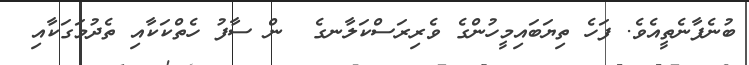
ބުނެފާނެތީއެވެ. ފަހެ ތިޔަބައިމީހުންގެ ވެރިރަސްކަލާނގެ  ން ސާފު ހެތްކަކާއި ތެދުމަގަކާއި